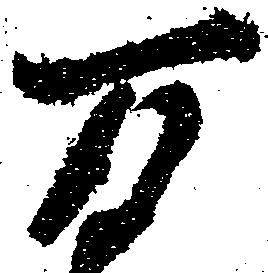
万